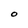
Character: O